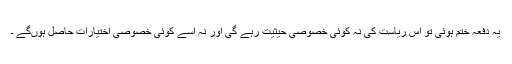
یہ دفعہ ختم ہوئی تو اس ریاست کی نہ کوئی خصوصی حیثیت رہے گی اور نہ اسے کوئی خصوصی اختیارات حاصل ہوںگے ۔